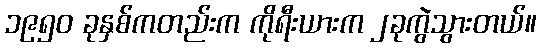
၁၉၅၀ ခုနှစ်ကတည်းက ကိုရီးယားက ၂ခုကွဲသွားတယ်။